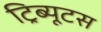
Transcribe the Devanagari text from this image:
ट्रिब्यूटस